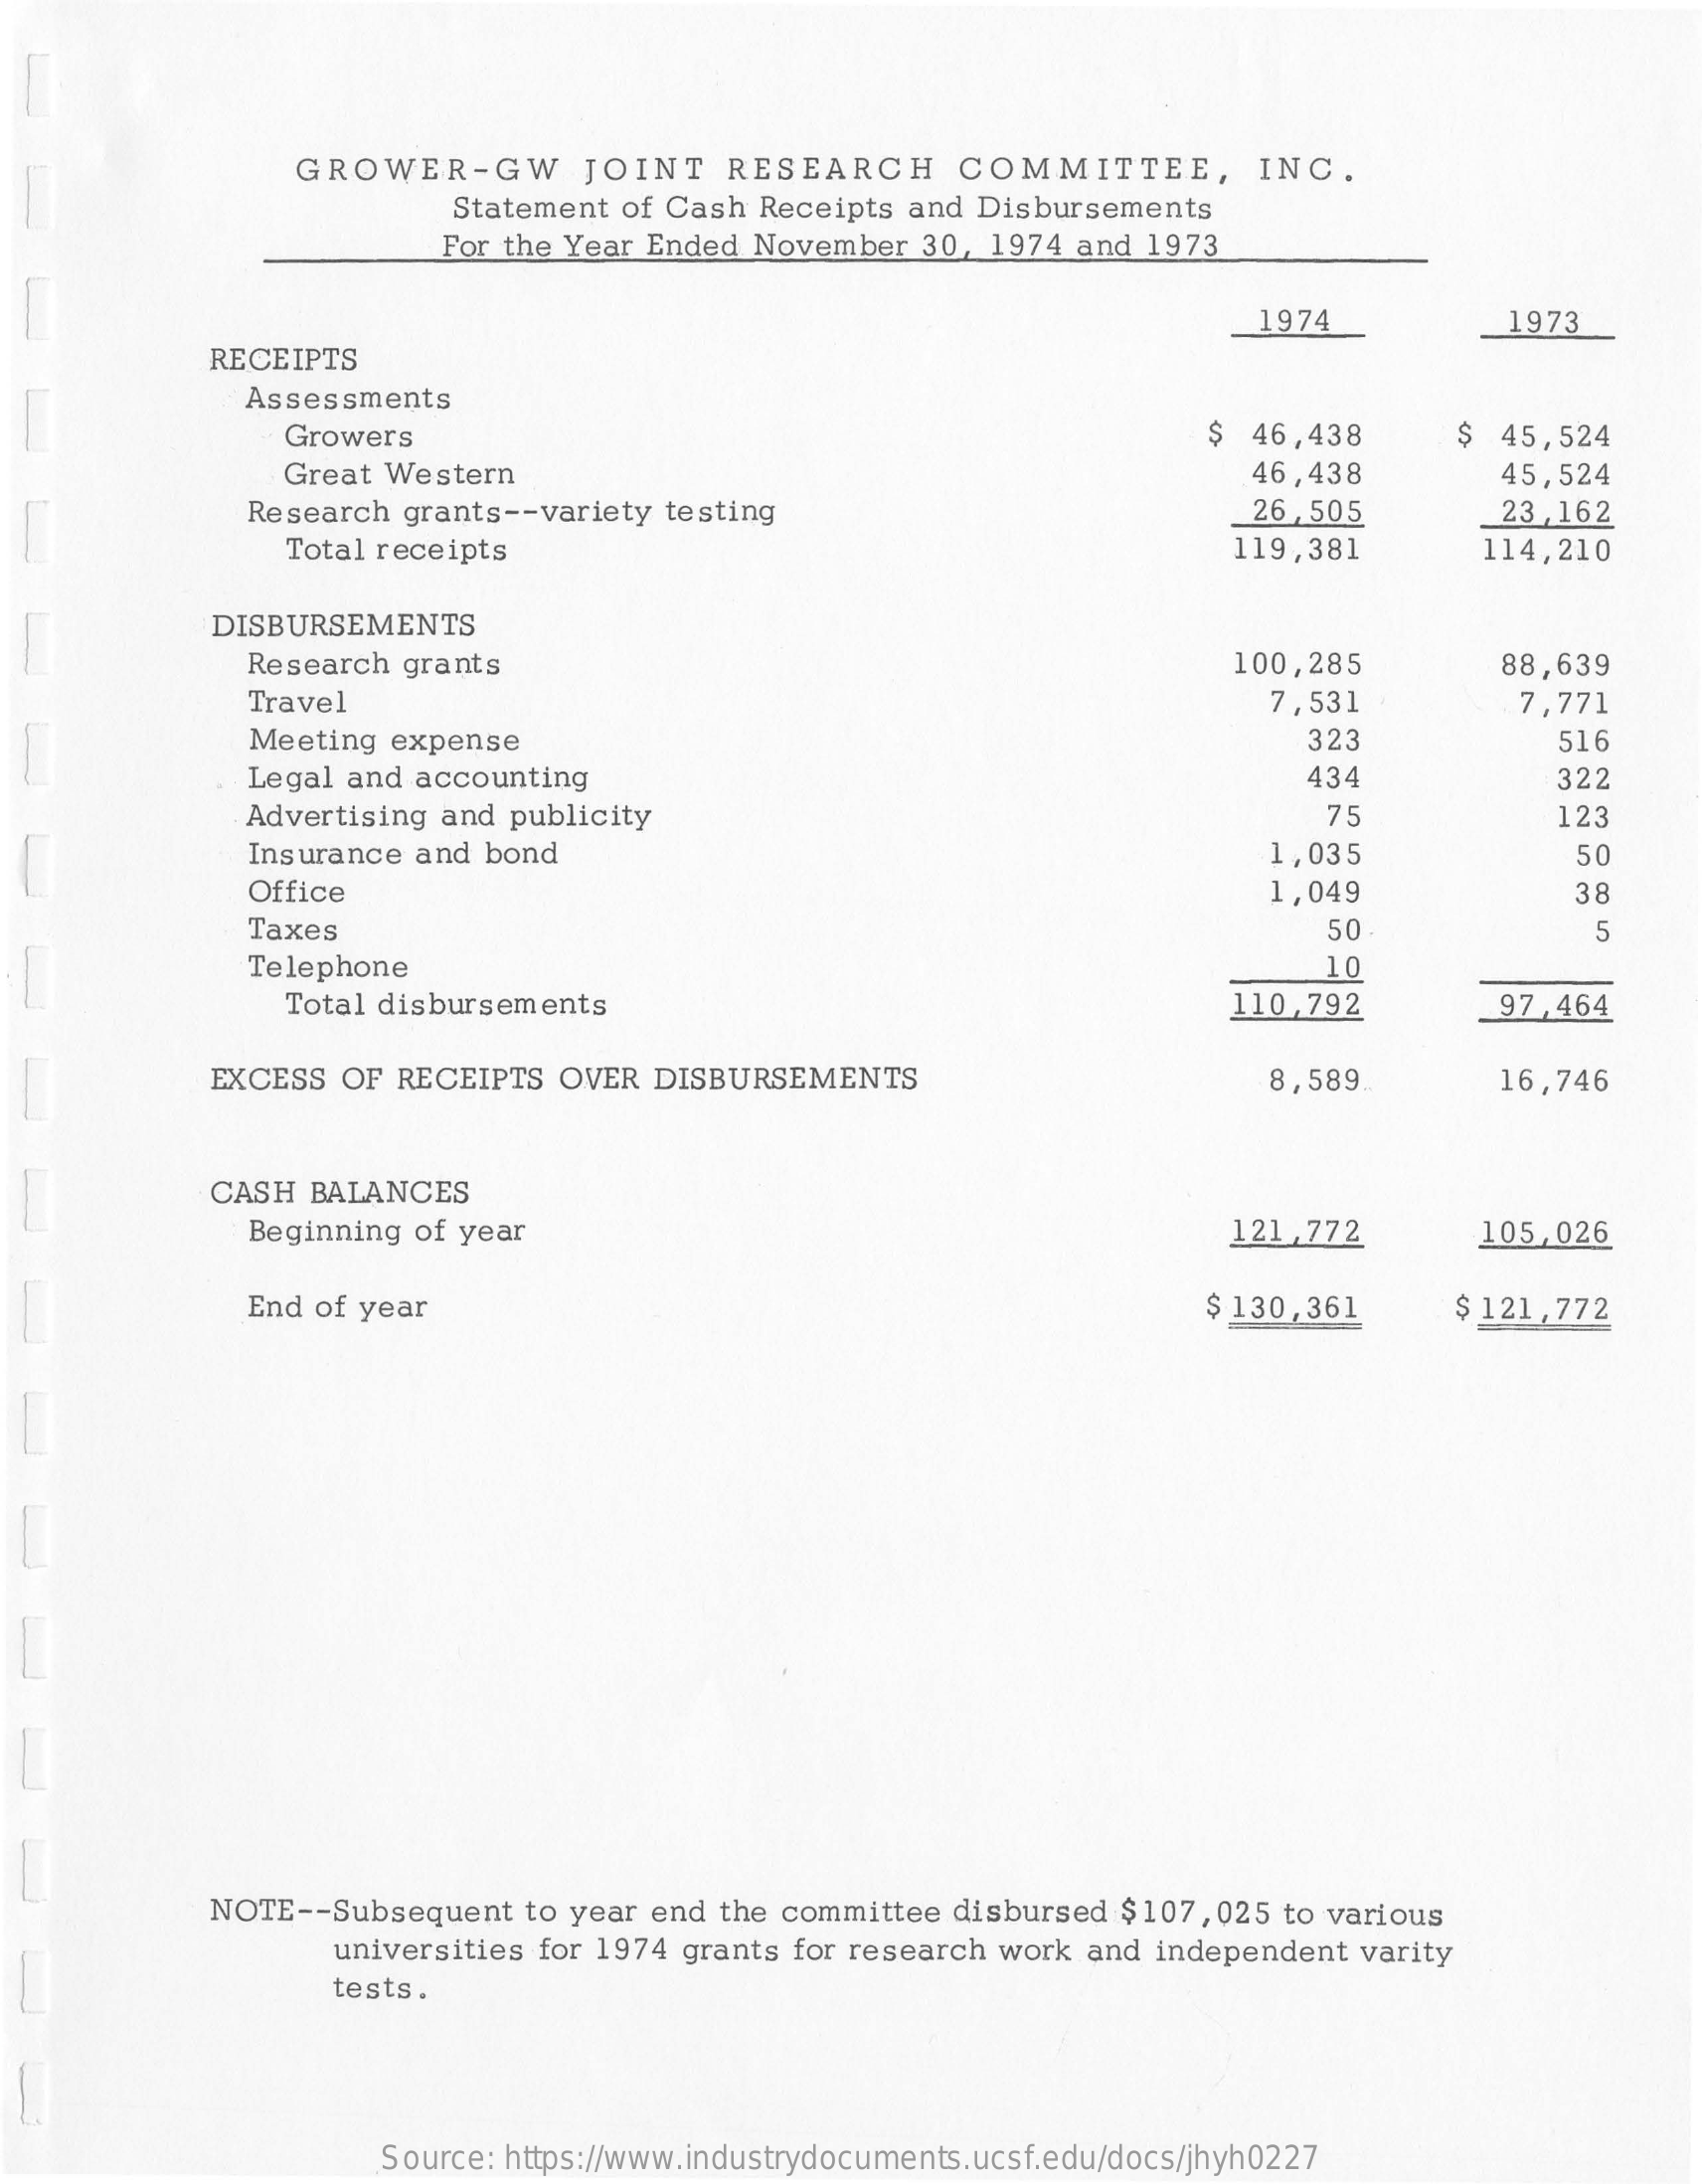
GROWER-GW    JOINT  RESEARCH    COMMITTEE,    INC.
     Statement of Cash Receipts and Disbursements
     For the Year Ended November 30, 1974 and 1973
     1974    1973
     RECEIPTS
     Assessments
     Growers    46,438    $ 45,524
     Great Western    46,438    45,524
     Research grants -- variety testing    26 ,505    23 ,162
     Total receipts    119,381    114,210
     DISBURSEMENTS
     Research grants    100,285    88,639
     Travel    7,531    7,771
     Meeting expense    323    516
     Legal and accounting    434    322
     Advertising and publicity    75    123
     Insurance and bond    1,035    50
     Office    1,049    38
     Taxes    50    5
     Telephone    10
     Total disbursements    110,792    97,464
     EXCESS OF RECEIPTS OVER DISBURSEMENTS    8,589    16,746
     CASH BALANCES
     Beginning of year    121,772    105,026
     End of year    $ 130,361    $ 121,772
     NOTE -- Subsequent to year end the committee disbursed $107, 025 to various
     universities for 1974 grants for research work and independent varity
     tests.
     Source: https://www.industrydocuments.ucsf.edu/docs/jhyh0227